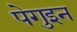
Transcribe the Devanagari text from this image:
पेगुइन